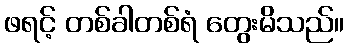
ဖရင့် တစ်ခါတစ်ရံ တွေးမိသည်။